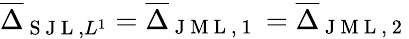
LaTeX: \overline{{\Delta}}_{\mathrm{~S~J~L~},L^{1}}=\overline{{\Delta}}_{\mathrm{~J~M~L~,~1~}}=\overline{{\Delta}}_{\mathrm{~J~M~L~,~2~}}